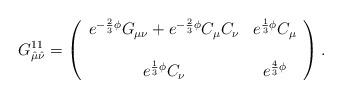
LaTeX: \begin{align*}G^{11}_{\hat\mu\hat\nu}=\left( \begin{array}{cc} e^{-\frac{2}{3}\phi}G_{\mu\nu}+e^{-\frac{2}{3}\phi}C_{\mu}C_{\nu} & e^{\frac{1}{3}\phi}C_{\mu} \\ & \\e^{\frac{1}{3}\phi}C_{\nu} & e^{\frac{4}{3}\phi} \end{array} \right). \end{align*}